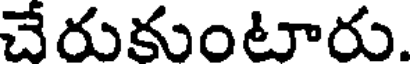
చేరుకుంటారు.